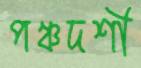
পঞ্চদশী